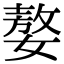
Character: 嫯